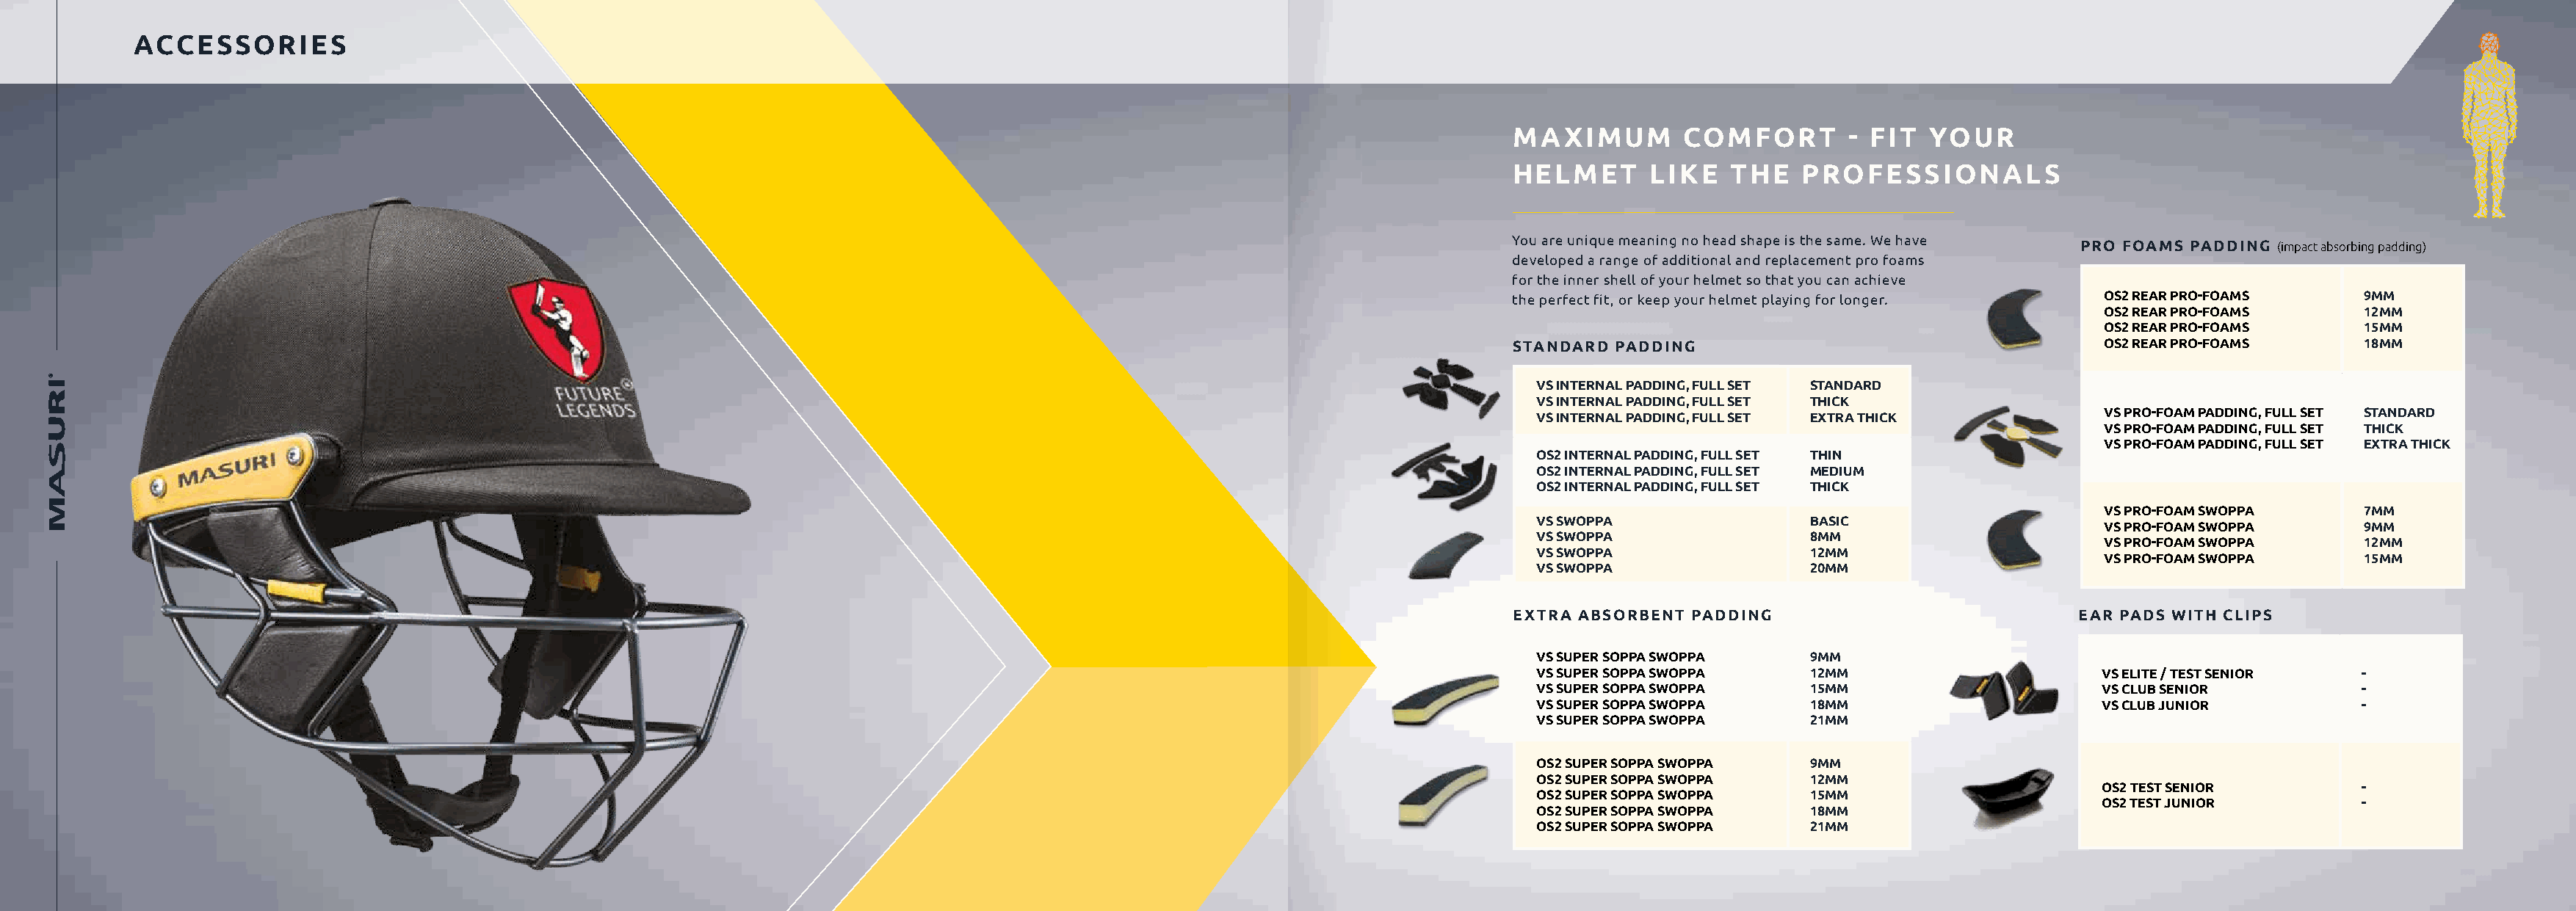
ACCESSORIES
 MAXIMUM         COMFORT        - FIT  YOUR
 HELMET       LIKE   THE   PROFESSIONALS
 You are unique meaning no head shape is the same. We have
 PRO FOAMS PADDING (impact absorbing padding)
 developed a range of additional and replacement pro foams
 for the inner shell of your helmet so that you can achieve
 the perfect fit, or keep your helmet playing for longer. OS2 REAR PRO-FOAMS  9MM
 OS2 REAR PRO-FOAMS     12MM
 OS2 REAR PRO-FOAMS     15MM
 STANDARD  PADDING                                     OS2 REAR PRO-FOAMS     18MM
 VS INTERNAL PADDING, FULL SET STANDARD
 VS INTERNAL PADDING, FULL SET THICK
 VS PRO-FOAM PADDING, FULL SET STANDARD
 VS INTERNAL PADDING, FULL SET EXTRA THICK
 VS PRO-FOAM PADDING, FULL SET THICK
 VS PRO-FOAM PADDING, FULL SET EXTRA THICK
 OS2 INTERNAL PADDING, FULL SET THIN
 OS2 INTERNAL PADDING, FULL SET MEDIUM
 OS2 INTERNAL PADDING, FULL SET THICK
 VS PRO-FOAM SWOPPA     7MM
 VS SWOPPA                BASIC
 VS PRO-FOAM SWOPPA     9MM
 VS SWOPPA                8MM
 VS PRO-FOAM SWOPPA     12MM
 VS SWOPPA                12MM
 VS PRO-FOAM SWOPPA     15MM
 VS SWOPPA                20MM
 EXTRA ABSORBENT PADDING                            EAR PADS WITH CLIPS
 VS SUPER SOPPA SWOPPA    9MM
 VS SUPER SOPPA SWOPPA    12MM                      VS ELITE / TEST SENIOR  -
 VS SUPER SOPPA SWOPPA    15MM                      VS CLUB SENIOR          -
 VS SUPER SOPPA SWOPPA    18MM                      VS CLUB JUNIOR          -
 VS SUPER SOPPA SWOPPA    21MM
 OS2 SUPER SOPPA SWOPPA   9MM
 OS2 SUPER SOPPA SWOPPA   12MM
 OS2 TEST SENIOR         -
 OS2 SUPER SOPPA SWOPPA   15MM
 OS2 TEST JUNIOR         -
 OS2 SUPER SOPPA SWOPPA   18MM
 OS2 SUPER SOPPA SWOPPA   21MM